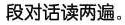
段对话读两遍。